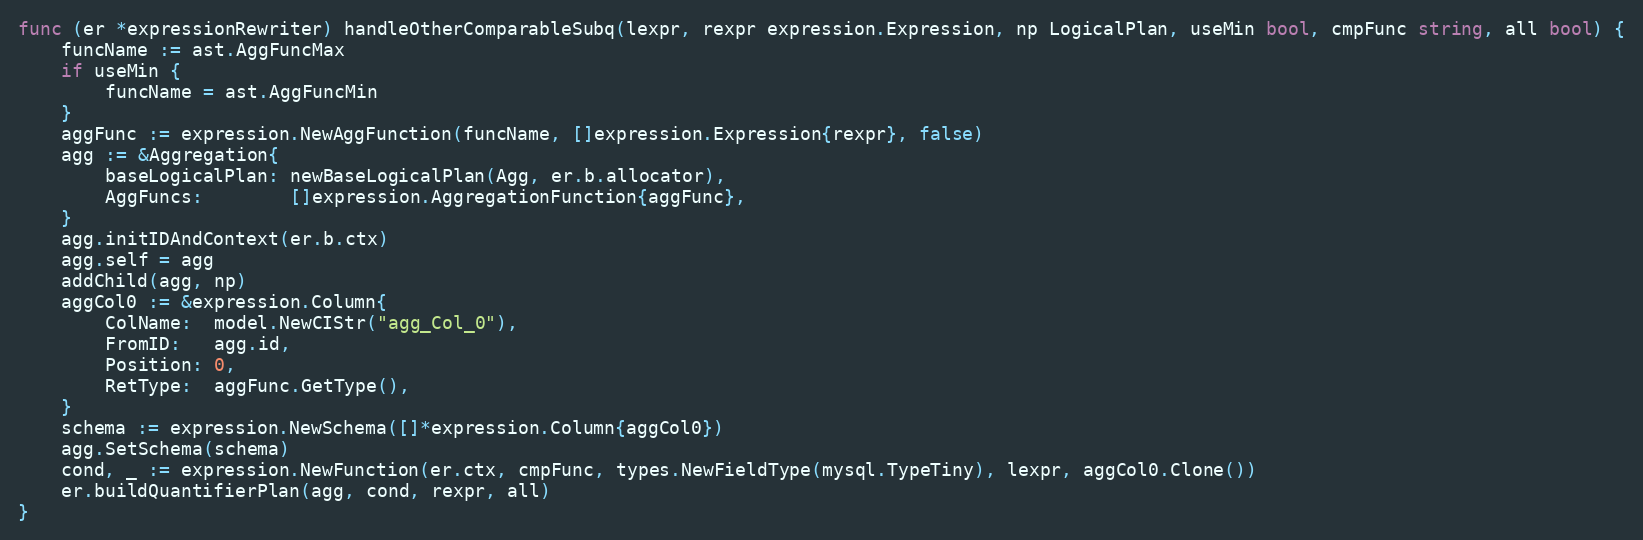
Language: Go
func (er *expressionRewriter) handleOtherComparableSubq(lexpr, rexpr expression.Expression, np LogicalPlan, useMin bool, cmpFunc string, all bool) {
	funcName := ast.AggFuncMax
	if useMin {
		funcName = ast.AggFuncMin
	}
	aggFunc := expression.NewAggFunction(funcName, []expression.Expression{rexpr}, false)
	agg := &Aggregation{
		baseLogicalPlan: newBaseLogicalPlan(Agg, er.b.allocator),
		AggFuncs:        []expression.AggregationFunction{aggFunc},
	}
	agg.initIDAndContext(er.b.ctx)
	agg.self = agg
	addChild(agg, np)
	aggCol0 := &expression.Column{
		ColName:  model.NewCIStr("agg_Col_0"),
		FromID:   agg.id,
		Position: 0,
		RetType:  aggFunc.GetType(),
	}
	schema := expression.NewSchema([]*expression.Column{aggCol0})
	agg.SetSchema(schema)
	cond, _ := expression.NewFunction(er.ctx, cmpFunc, types.NewFieldType(mysql.TypeTiny), lexpr, aggCol0.Clone())
	er.buildQuantifierPlan(agg, cond, rexpr, all)
}